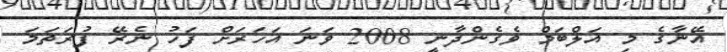
އޭނާގެ މި އަލްބަމް ވެގެންދާނީ 2008 ވަނަ އަހަރަށް ފަހު ނެރޭ ފުރަތަމަ